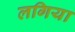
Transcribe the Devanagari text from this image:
लगिया